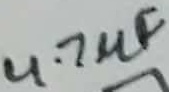
Text: 4.7µF